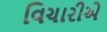
વિચારીએ